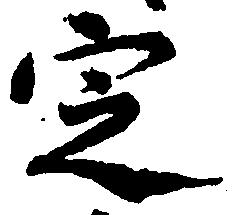
定